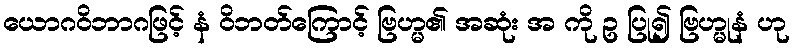
ယောဂဝိဘာဂဖြင့် နံ ဝိဘတ်ကြောင့် ဗြဟ္မ၏ အဆုံး အ ကို ဥ ပြု၍ ဗြဟ္မုနံ ဟု